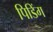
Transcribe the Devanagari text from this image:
पिडिंग